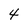
Character: 4